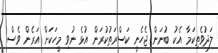
ލަދުވެތިކަމާ އެކު ބުނަން ޖެހެނީ ކަސްރަތުކުރަން އުޅެ ނުވި މީހަކަށް އަރެން ވެސް